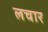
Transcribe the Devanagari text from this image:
लचार